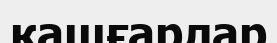
қашғарлар